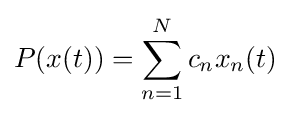
P(x(t))=\sum _{n=1}^{N}c_{n}x_{n}(t)